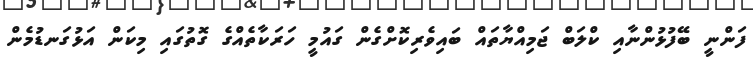
ފަންނީ ބޭފުޅުންނާއި ކްލަބް ޖަމިއްޔާތައް ބައިވެރިކޮށްގެން ގައުމީ ހަރަކާތެއްގެ ގޮތުގައި މިކަން އަޅުގަނޑުމެން